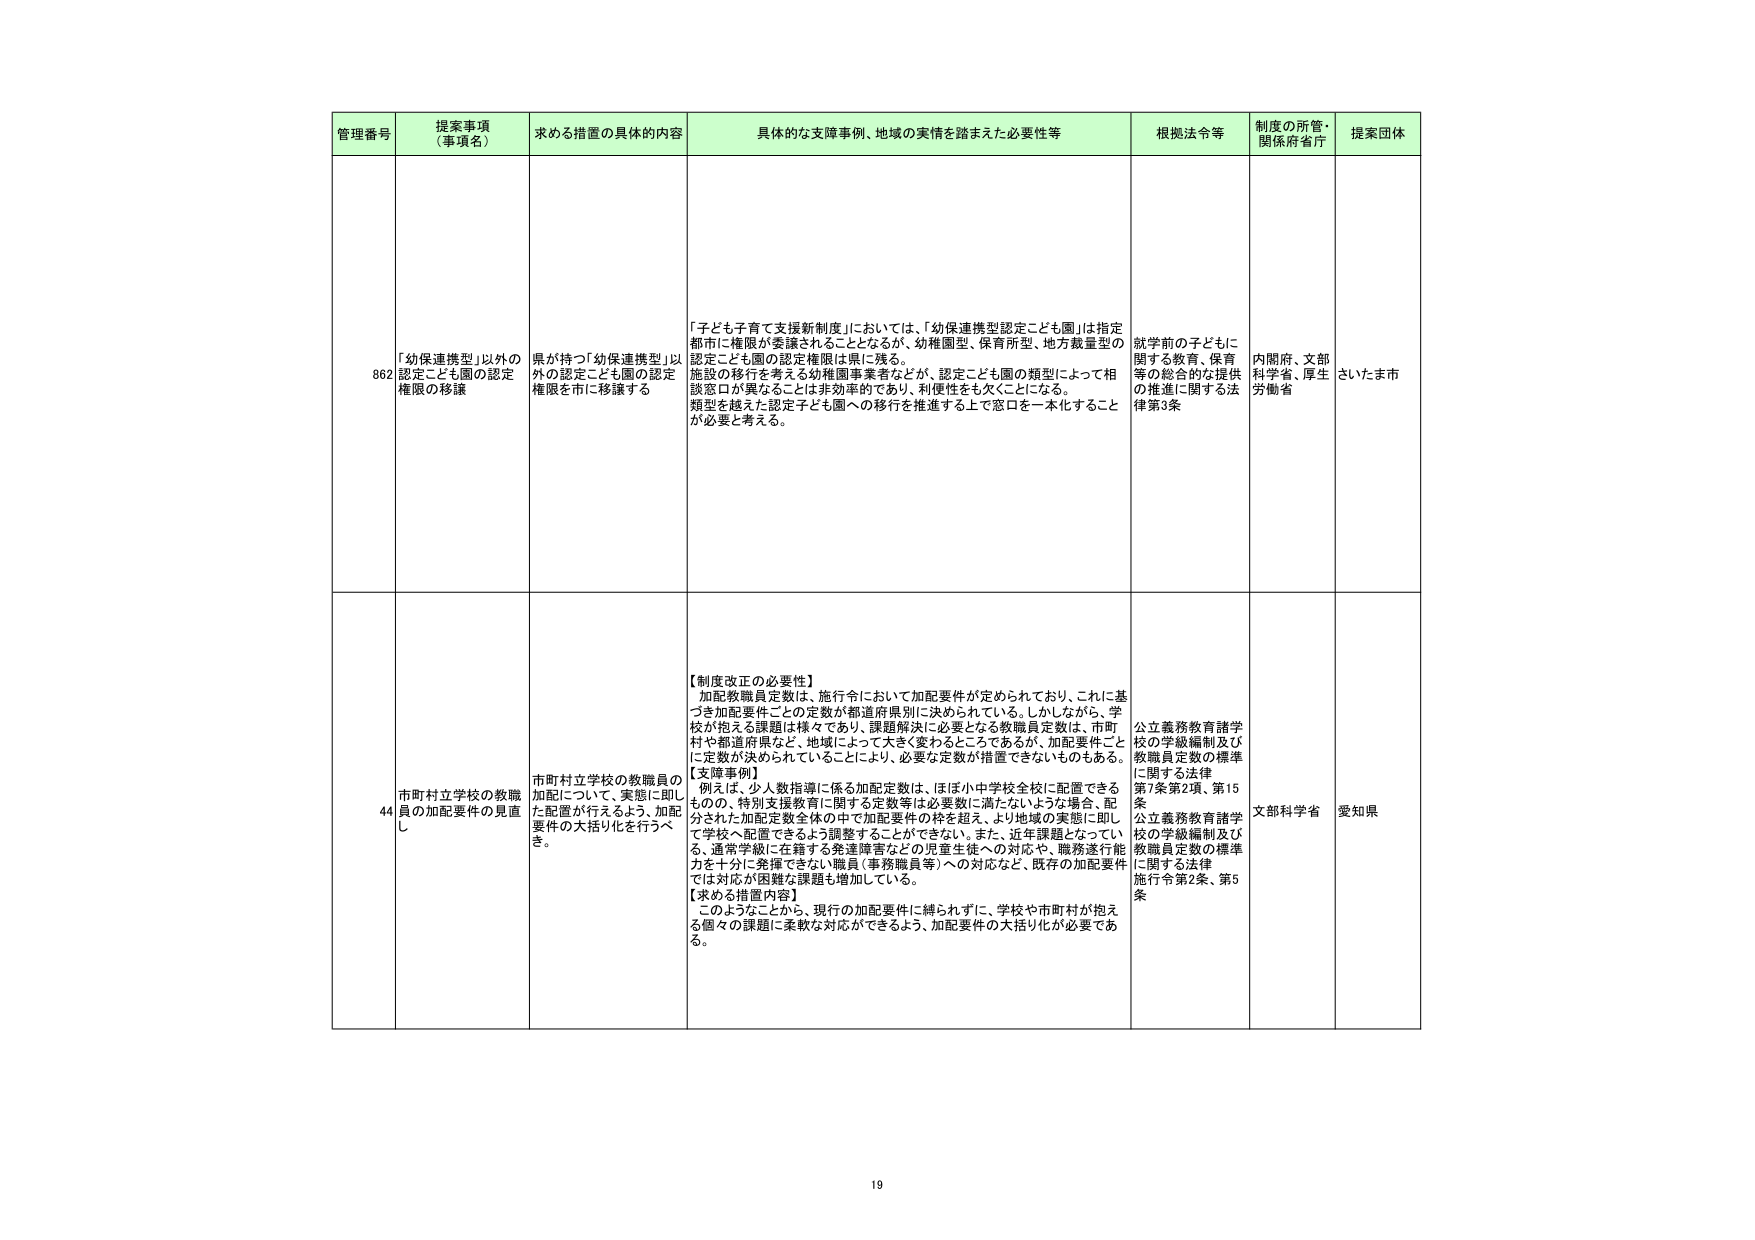
管理番号 提案事項 （事項名） 求める措置の具体的内容 具体的な支障事例、地域の実情を踏まえた必要性等 根拠法令等 制度の所管・ 関係府省庁 提案団体

862 「幼保連携型」以外の 認定こども園の認定 権限の移譲 県が持つ「幼保連携型」以 外の認定こども園の認定 権限を市に移譲する 「子ども子育て支援新制度」においては、「幼保連携型認定こども園」は指定 都市に権限が委譲されることとなるが、幼稚園型、保育所型、地方裁量型の 認定こども園の認定権限は県に残る。 施設の移行を考える幼稚園事業者などが、認定こども園の類型によって相 談窓口が異なることは非効率的であり、利便性をも欠くことになる。 類型を越えた認定子ども園への移行を推進する上で窓口を一本化すること が必要と考える。 就学前の子どもに 関する教育、保育 等の総合的な提供 の推進に関する法 律第3条 内閣府、文部 科学省、厚生 労働省 さいたま市

44 市町村立学校の教職 員の加配要件の見直 し 市町村立学校の教職員の 加配について、実態に即し た配置が行えるよう、加配 要件の大括り化を行うべ き。 【制度改正の必要性】 加配教職員定数は、施行令において加配要件が定められており、これに基 づき加配要件ごとの定数が都道府県別に決められている。しかしながら、学 校が抱える課題は様々であり、課題解決に必要となる教職員定数は、市町 村や都道府県など、地域によって大きく変わることであるが、加配要件ごと に定数が決められていることにより、必要な定数が措置できないものもある。 【支障事例】 例えば、少人数指導に係る加配定数は、ほぼ小中学校全校に配置できる ものの、特別支援教育に関する定数等は必要数に満たないような場合、配 分された加配定数全体の中で加配要件の枠を超え、より地域の実態に即し て学校へ配置できるよう調整することができない。また、近年課題となってい る、通常学級に在籍する発達障害などの児童生徒への対応や、職務遂行能 力を十分に発揮できない職員（事務職員等）への対応など、既存の加配要件 では対応が困難な課題も増加している。 【求める措置内容】 このようなことから、現行の加配要件に縛られずに、学校や市町村が抱え る個々の課題に柔軟な対応ができるよう、加配要件の大括り化が必要であ る。 公立義務教育諸学 校の学級編制及び 教職員定数の標準 に関する法律 第7条第2項、第15 条 公立義務教育諸学 校の学級編制及び 教職員定数の標準 に関する法律 施行令第2条、第5 条 文部科学省 愛知県

19